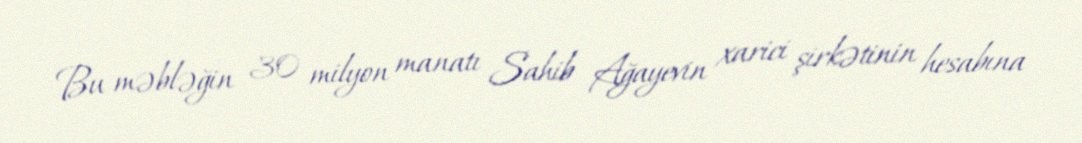
Bu məbləğin 30 milyon manatı Sahib Ağayevin xarici şirkətinin hesabına